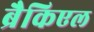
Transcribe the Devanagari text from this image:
ब्रैकिएल